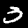
Label: 3